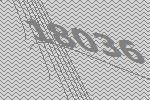
18036